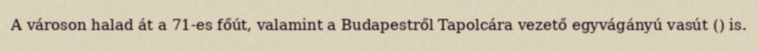
A városon halad át a 71-es főút, valamint a Budapestről Tapolcára vezető egyvágányú vasút () is.